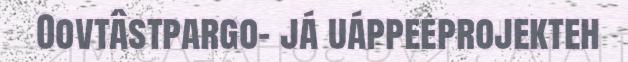
Oovtâstpargo- já uáppeeprojekteh